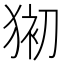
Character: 𱮆